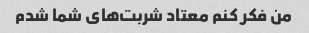
من فکر کنم معتاد شربت‌های شما شدم